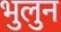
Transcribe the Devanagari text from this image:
भुलुन